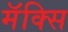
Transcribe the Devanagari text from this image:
मॅक्सि